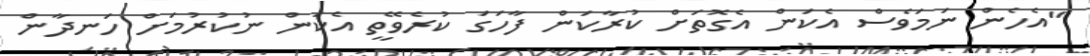
"އެހެން ނަމަވެސް އެކަން އެގޮތަށް ކުރާކަން ފާހަގަ ކުރެވޭތީ އެކަން ނުކުރުމަށް ހަނދާން